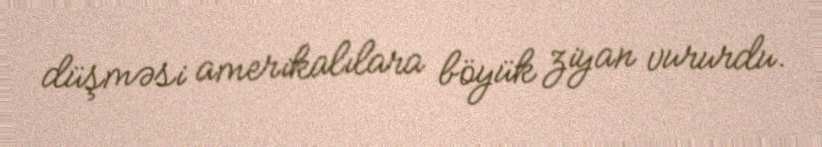
düşməsi amerikalılara böyük ziyan vururdu.